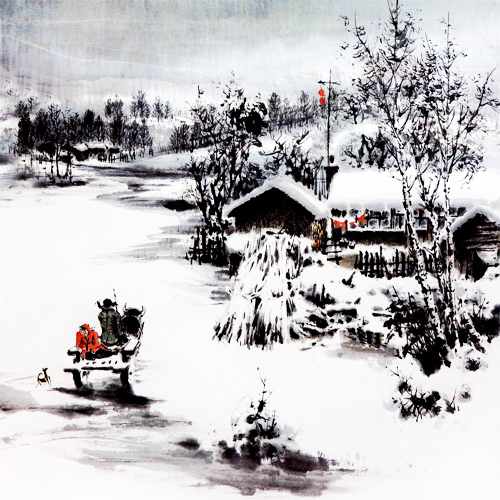
流水孤村，荒城古道。